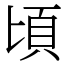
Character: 頃